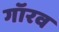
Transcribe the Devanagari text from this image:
गॉरव